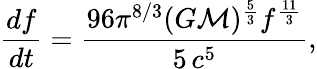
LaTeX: {\frac{df}{dt}}={\frac{96\pi^{8/3}(G{\mathcal{M}})^{\frac{5}{3}}f^{\frac{11}{3}}}{5\, c^{5}}},